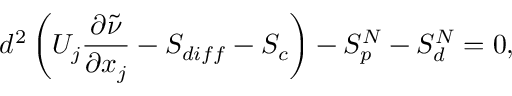
d ^ { 2 } \left( U _ { j } \frac { \partial \tilde { \nu } } { \partial x _ { j } } - S _ { d i f f } - S _ { c } \right) - S _ { p } ^ { N } - S _ { d } ^ { N } = 0 ,